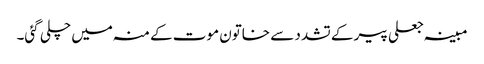
مبینہ جعلی پیر کے تشدد سے خاتون موت کے منہ میں چلی گئی۔